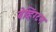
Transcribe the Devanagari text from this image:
बेव्हिंग्टन